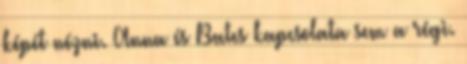
képét nézni. Anna és Bates kapcsolata sem a régi.